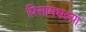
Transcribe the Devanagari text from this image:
पिसामधल्या